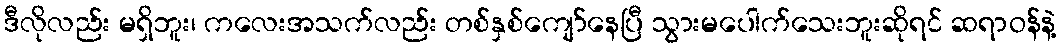
ဒီလိုလည်း မရှိဘူး၊ ကလေးအသက်လည်း တစ်နှစ်ကျော်နေပြီ သွားမပေါက်သေးဘူးဆိုရင် ဆရာဝန်နဲ့